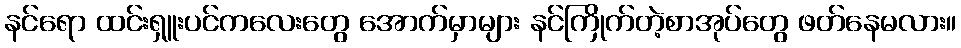
နင်ရော ထင်းရှူးပင်ကလေးတွေ အောက်မှာများ နင်ကြိုက်တဲ့စာအုပ်တွေ ဖတ်နေမလား။